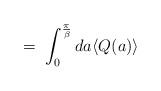
LaTeX: \begin{align*}\;=\; \int_0^{\frac{\pi}{\beta}} d a \langle Q(a) \rangle\end{align*}